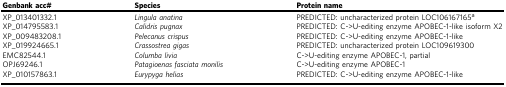
| Genbank acc# | Species | Protein name |
 | --- | --- | --- |
 | XP_013401332.1 | Lingula anatina | PREDICTED: uncharacterized protein LOC106167165a |
 | XP_014795583.1 | Calidris pugnax | PREDICTED: C->U-editing enzyme APOBEC-1-like isoform X2 |
 | XP_009483208.1 | Pelecanus crispus | PREDICTED: C->U-editing enzyme APOBEC-1-like |
 | XP_019924665.1 | Crassostrea gigas | PREDICTED: uncharacterized protein LOC109619300 |
 | EMC82544.1 | Columba livia | C->U-editing enzyme APOBEC-1, partial |
 | OPJ69246.1 | Patagioenas fasciata monilis | C->U-editing enzyme APOBEC-1 |
 | XP_010157863.1 | Eurypyga helias | PREDICTED: C->U-editing enzyme APOBEC-1-like |